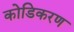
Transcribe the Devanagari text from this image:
कोडिकरण